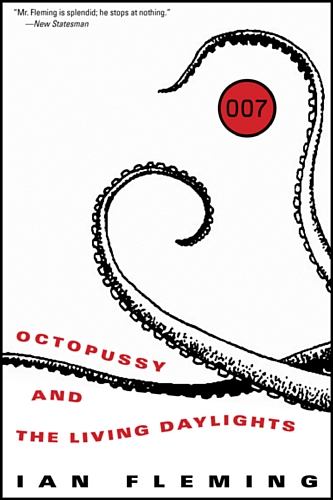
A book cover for Octopussy and The Living Daylights (James Bond); Ian Fleming; Literature & Fiction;